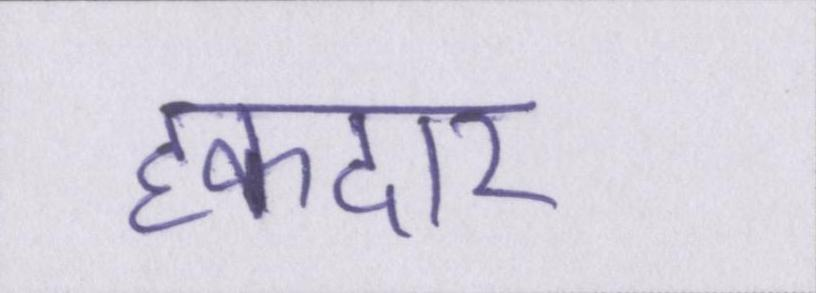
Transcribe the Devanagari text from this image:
हकदार